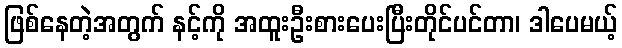
ဖြစ်နေတဲ့အတွက် နင့်ကို အထူးဦးစားပေးပြီးတိုင်ပင်တာ၊ ဒါပေမယ့်